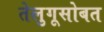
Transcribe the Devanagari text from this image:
तेलुगूसोबत